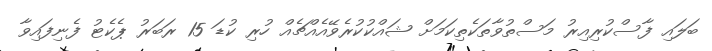
ބަލައި ފާސްކުރިއިރު މަސްތުވާތަކެތިކަމަށް ޝައްކުކުރެވޭއެއްޗެއް ހުރި ކުޑަ 15 ރަބަރު ޕެކެޓު ފެނިފައިވާ